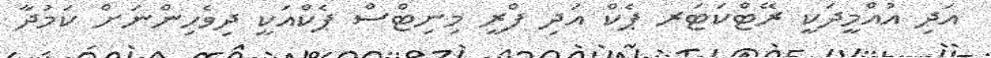
އަދި އުއްމީދަކީ ރޭޓްކަޓަރ ޕެކް އަދި ފްރީ މިނިޓްސް ޕެކްއަކީ ދިވެހިންނަށް ކަމުދާ